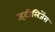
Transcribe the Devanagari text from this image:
इंटीलिजेंस